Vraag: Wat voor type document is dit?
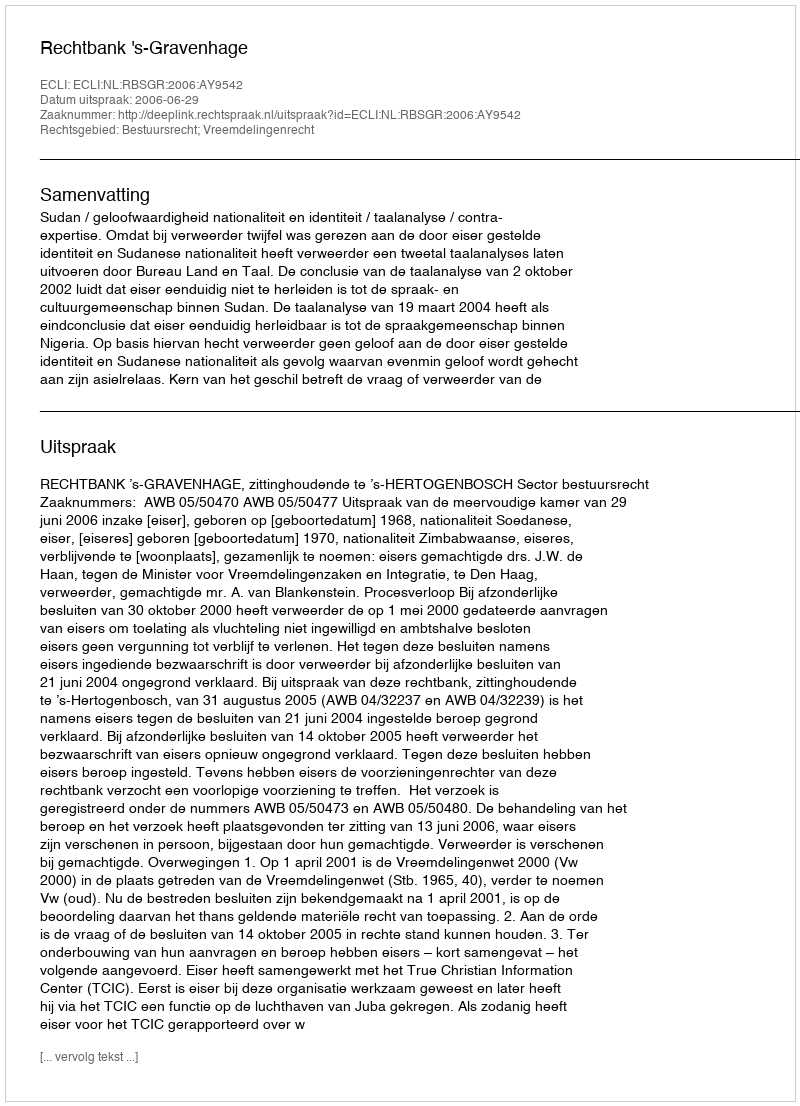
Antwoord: Uitspraak